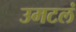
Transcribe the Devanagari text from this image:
उमटलं